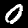
Digit: 0